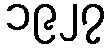
၁၉၂၇